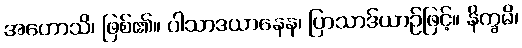
အဟောသိ၊ ဖြစ်၏။ ပါသာဒယာနေန၊ ပြာသာဒ်ယာဉ်ဖြင့်။ နိက္ခမိ၊